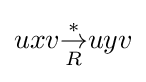
uxv{\overset {*}{\underset {R}{\rightarrow }}}uyv